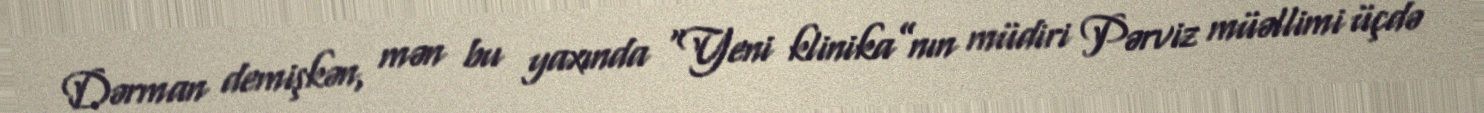
Dərman demişkən, mən bu yaxında “Yeni klinika”nın müdiri Pərviz müəllimi üçdə